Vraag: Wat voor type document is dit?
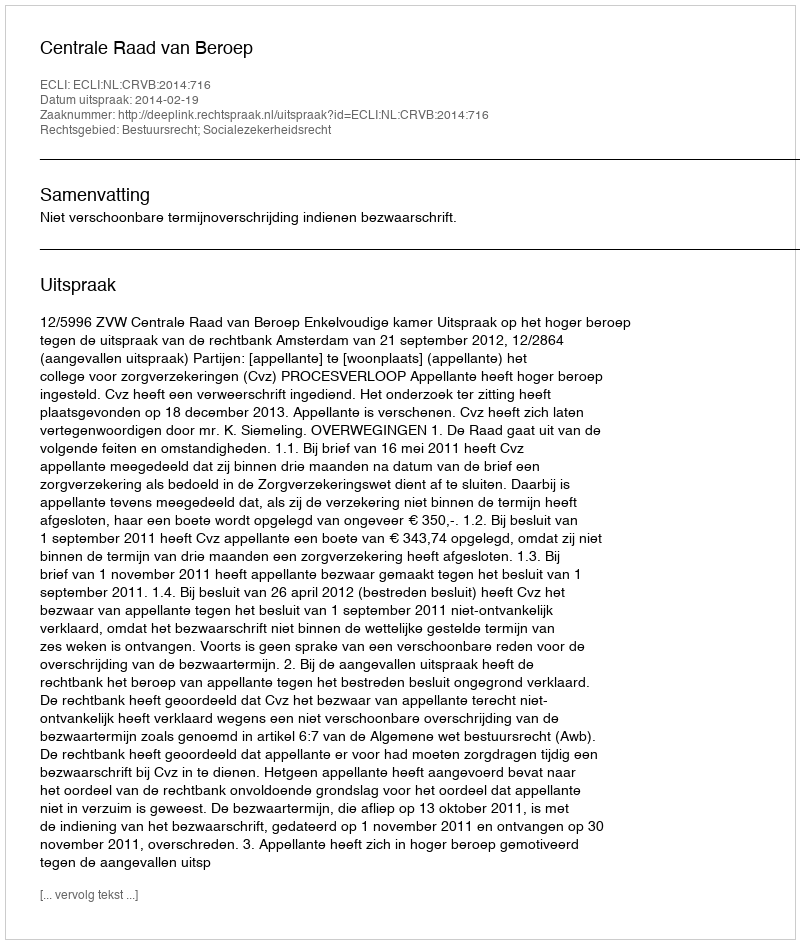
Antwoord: Uitspraak